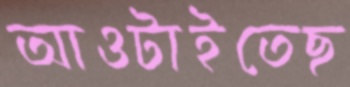
আওটাইতেছ